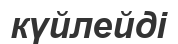
күйлейді